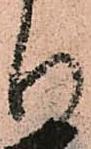
り